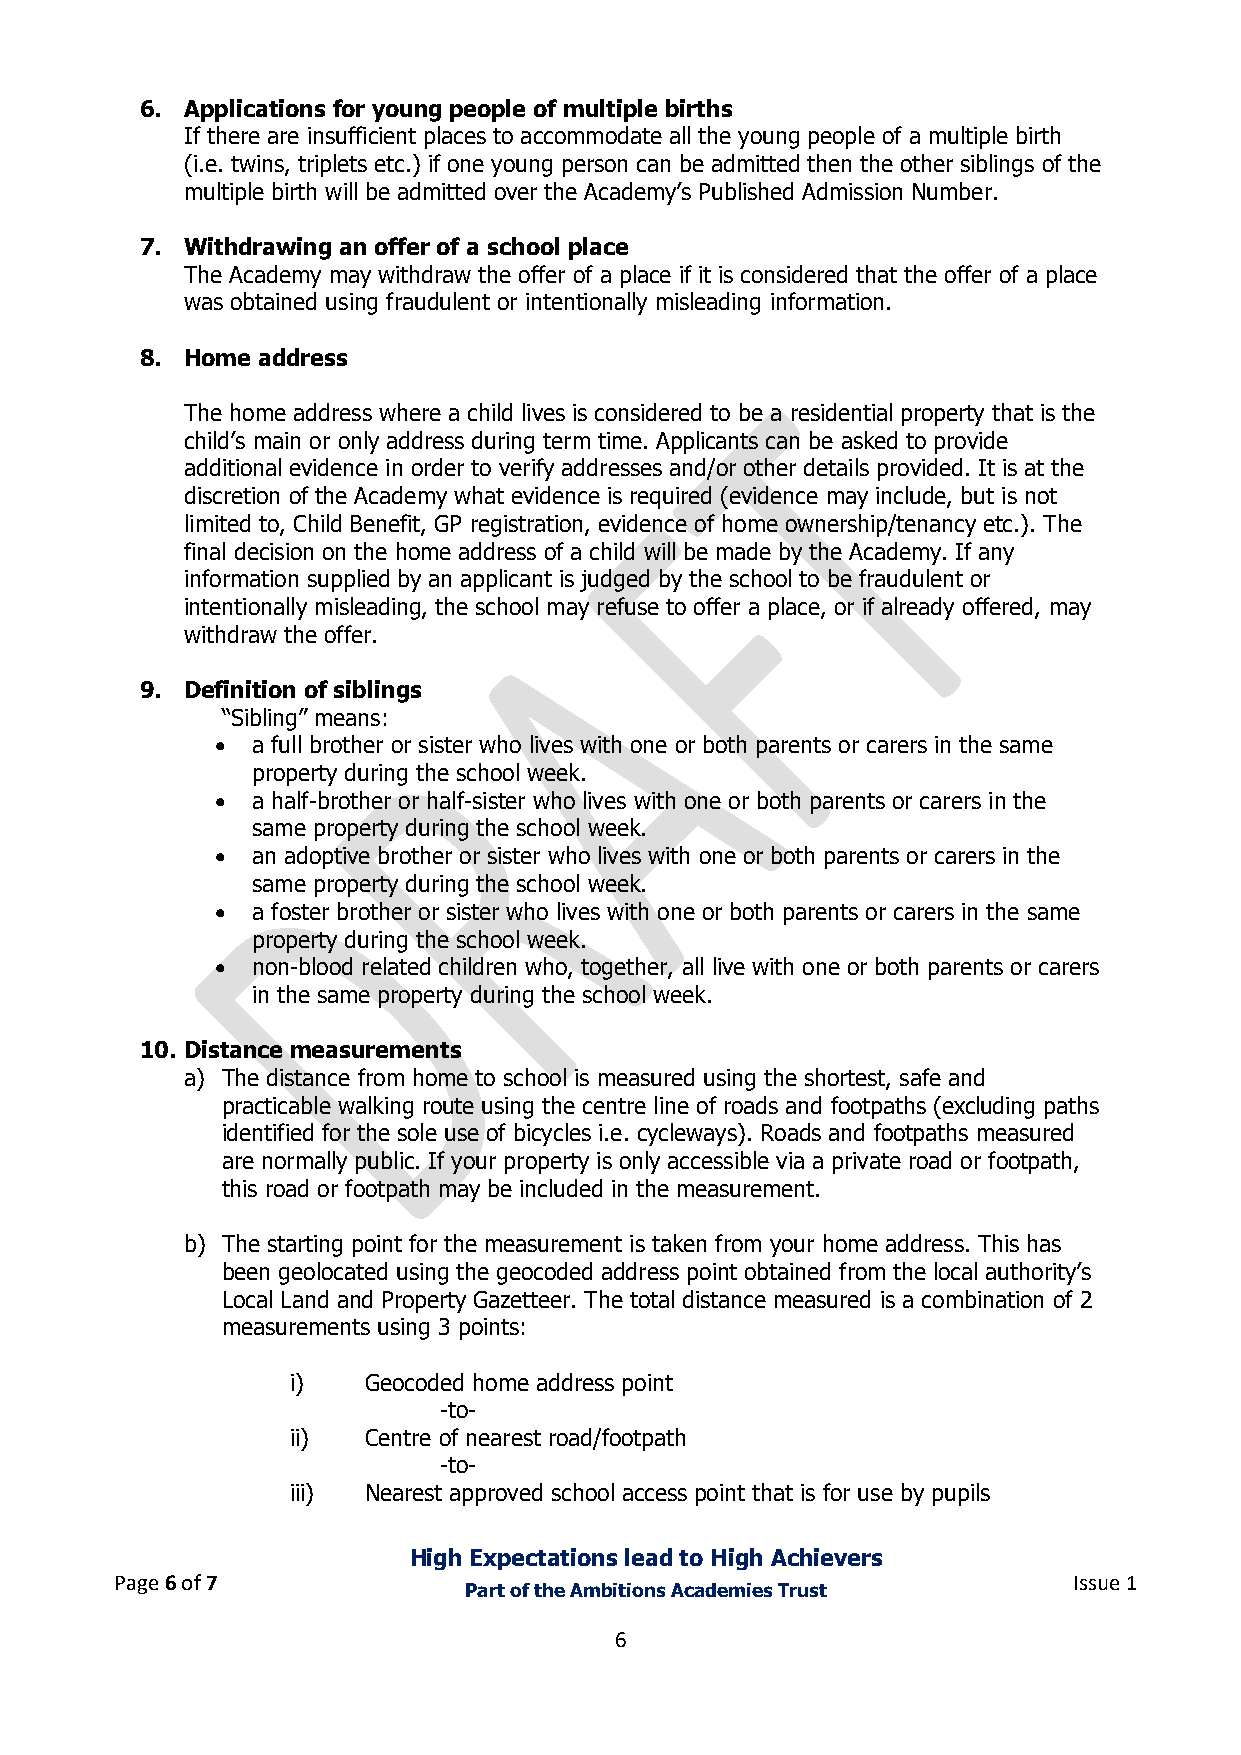
6. Applications for young people of multiple births
 If there are insufficient places to accommodate all the young people of a multiple birth
 (i.e. twins, triplets etc.) if one young person can be admitted then the other siblings of the
 multiple birth will be admitted over the Academy’s Published Admission Number.
 7. Withdrawing an offer of a school place
 The Academy may withdraw the offer of a place if it is considered that the offer of a place
 was obtained using fraudulent or intentionally misleading information.
 8. Home address
 The home address where a child lives is considered to be a residential property that is the
 child’s main or only address during term time. Applicants can be asked to provide
 additional evidence in order to verify addresses and/or other details provided. It is at the
 discretion of the Academy what evidence is required (evidence may include, but is not
 limited to, Child Benefit, GP registration, evidence of home ownership/tenancy etc.). The
 final decision on the home address of a child will be made by the Academy. If any
 information supplied by an applicant is judged by the school to be fraudulent or
 intentionally misleading, the school may refuse to offer a place, or if already offered, may
 withdraw the offer.
 9. Definition of siblings
 “Sibling” means:
 •  a full brother or sister who lives with one or both parents or carers in the same
 property during the school week.
 •  a half-brother or half-sister who lives with one or both parents or carers in the
 same property during the school week.
 •  an adoptive brother or sister who lives with one or both parents or carers in the
 same property during the school week.
 •  a foster brother or sister who lives with one or both parents or carers in the same
 property during the school week.
 •  non-blood related children who, together, all live with one or both parents or carers
 in the same property during the school week.
 10. Distance measurements
 a) The distance from home to school is measured using the shortest, safe and
 practicable walking route using the centre line of roads and footpaths (excluding paths
 identified for the sole use of bicycles i.e. cycleways). Roads and footpaths measured
 are normally public. If your property is only accessible via a private road or footpath,
 this road or footpath may be included in the measurement.
 b) The starting point for the measurement is taken from your home address. This has
 been geolocated using the geocoded address point obtained from the local authority’s
 Local Land and Property Gazetteer. The total distance measured is a combination of 2
 measurements using 3 points:
 i)   Geocoded home address point
 -to-
 ii)  Centre of nearest road/footpath
 -to-
 iii) Nearest approved school access point that is for use by pupils
 High Expectations lead to High Achievers
 Page 6 of 7                                                    Issue 1
 Part of the Ambitions Academies Trust
 6